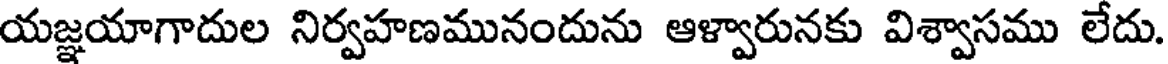
యజ్ఞయాగాదుల నిర్వహణమునందును ఆళ్వారునకు విశ్వాసము లేదు.